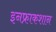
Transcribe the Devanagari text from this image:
इनफ्राकशान